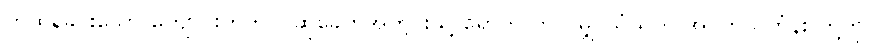
ကထိန်ခင်းသော ကျောင်းတိုက် ဝါဆိုခေတ်အတွင်းသို့ ရောက်လာသမျှ သံဃိက အဝတ်သင်္ကန်း တို့ကို